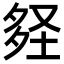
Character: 𡌪